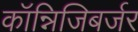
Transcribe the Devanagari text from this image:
कॉन्निजिबर्जर